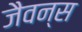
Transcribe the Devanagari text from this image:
जैवन्स